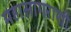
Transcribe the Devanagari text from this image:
महासागराशी